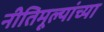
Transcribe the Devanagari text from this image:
नीतिमूल्यांच्या